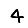
Digit: 4